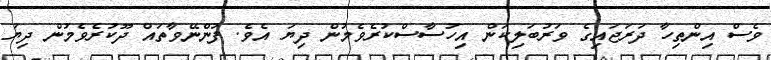
ވެސް އިންތިހާ ދަރަޖައިގެ ވަރުބަލިކަން އިހުސާސްކުރެވެމުން ދިޔަ އެވެ. ފުންނޭވާތައް ދޫކުރެވެމުން ދިޔަ